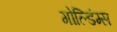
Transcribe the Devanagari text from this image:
गोल्डिंग्स